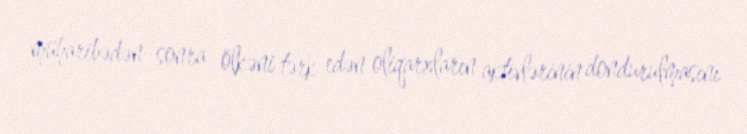
müharibədən sonra ölkəni tərk edən oliqarxların aktivlərinin dondurulmasını